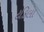
ટકિલા